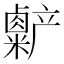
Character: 𫧷